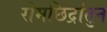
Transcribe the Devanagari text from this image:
रोमछिद्रांतुन